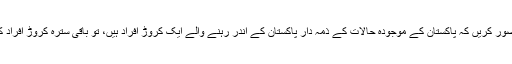
اگر ہم تصور کریں کہ پاکستان کے موجودہ حالات کے ذمہ دار پاکستان کے اندر رہنے والے ایک کروڑ افراد ہیں، تو باقی سترہ کروڑ افراد کہاں ہیں؟